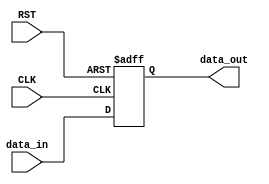
module register #(
	parameter width=32
	)(
	input	wire					CLK,
	input	wire 					RST,  /*active low asynchronous reset*/
	input 	wire 	[width-1:0]		data_in,
	output	reg		[width-1:0]		data_out
    );
	 
	 always @(posedge CLK,negedge RST)begin
		if(!RST)begin
			data_out <= 'd0;
		end
		else begin
			data_out <= data_in;
		end
	 end

endmodule